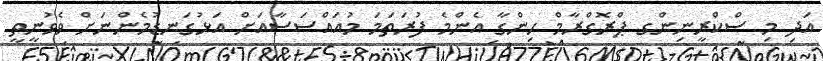
އަދި މި ސްކްރީނިންގ ޕްރޮގްރާމް ހިންގާ އެންމެ ފުރަތަމަ މުއައްސަސާއަށް އަޅުގަނޑުމެންނަށް ވެވުނީތީ